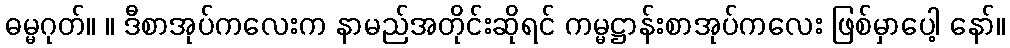
ဓမ္မဂုတ်။ ။ ဒီစာအုပ်ကလေးက နာမည်အတိုင်းဆိုရင် ကမ္မဋ္ဌာန်းစာအုပ်ကလေး ဖြစ်မှာပေါ့ နော်။